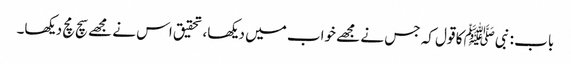
باب : نبیﷺ کا قول کہ جس نے مجھے خواب میں دیکھا، تحقیق اس نے مجھے سچ مچ دیکھا۔